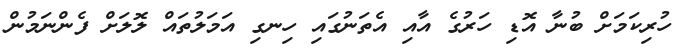
ހުރިކަމަށް ބުނާ އޮޑި ހަރުގެ އާއި އެތަނުގައި ހިނގި އަމަލުތައް ލޮލަށް ފެންނަމުން